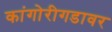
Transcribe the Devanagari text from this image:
कांगोरीगडावर